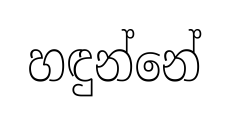
හඳුන්නේ